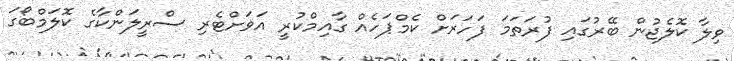
ވިލާ ކޮލެޖުން ބޭރުގައި ފުރަތަމަ ފަހަރަށް ކެމްޕަހެއް ގާއިމްކުރީ އަވަށްޓެރި ސްރީލަންކާގެ ކޮލަމްބޯގަ